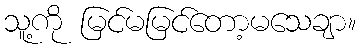
သူ့ကို မြင်မမြင်တော့မသေချာ။